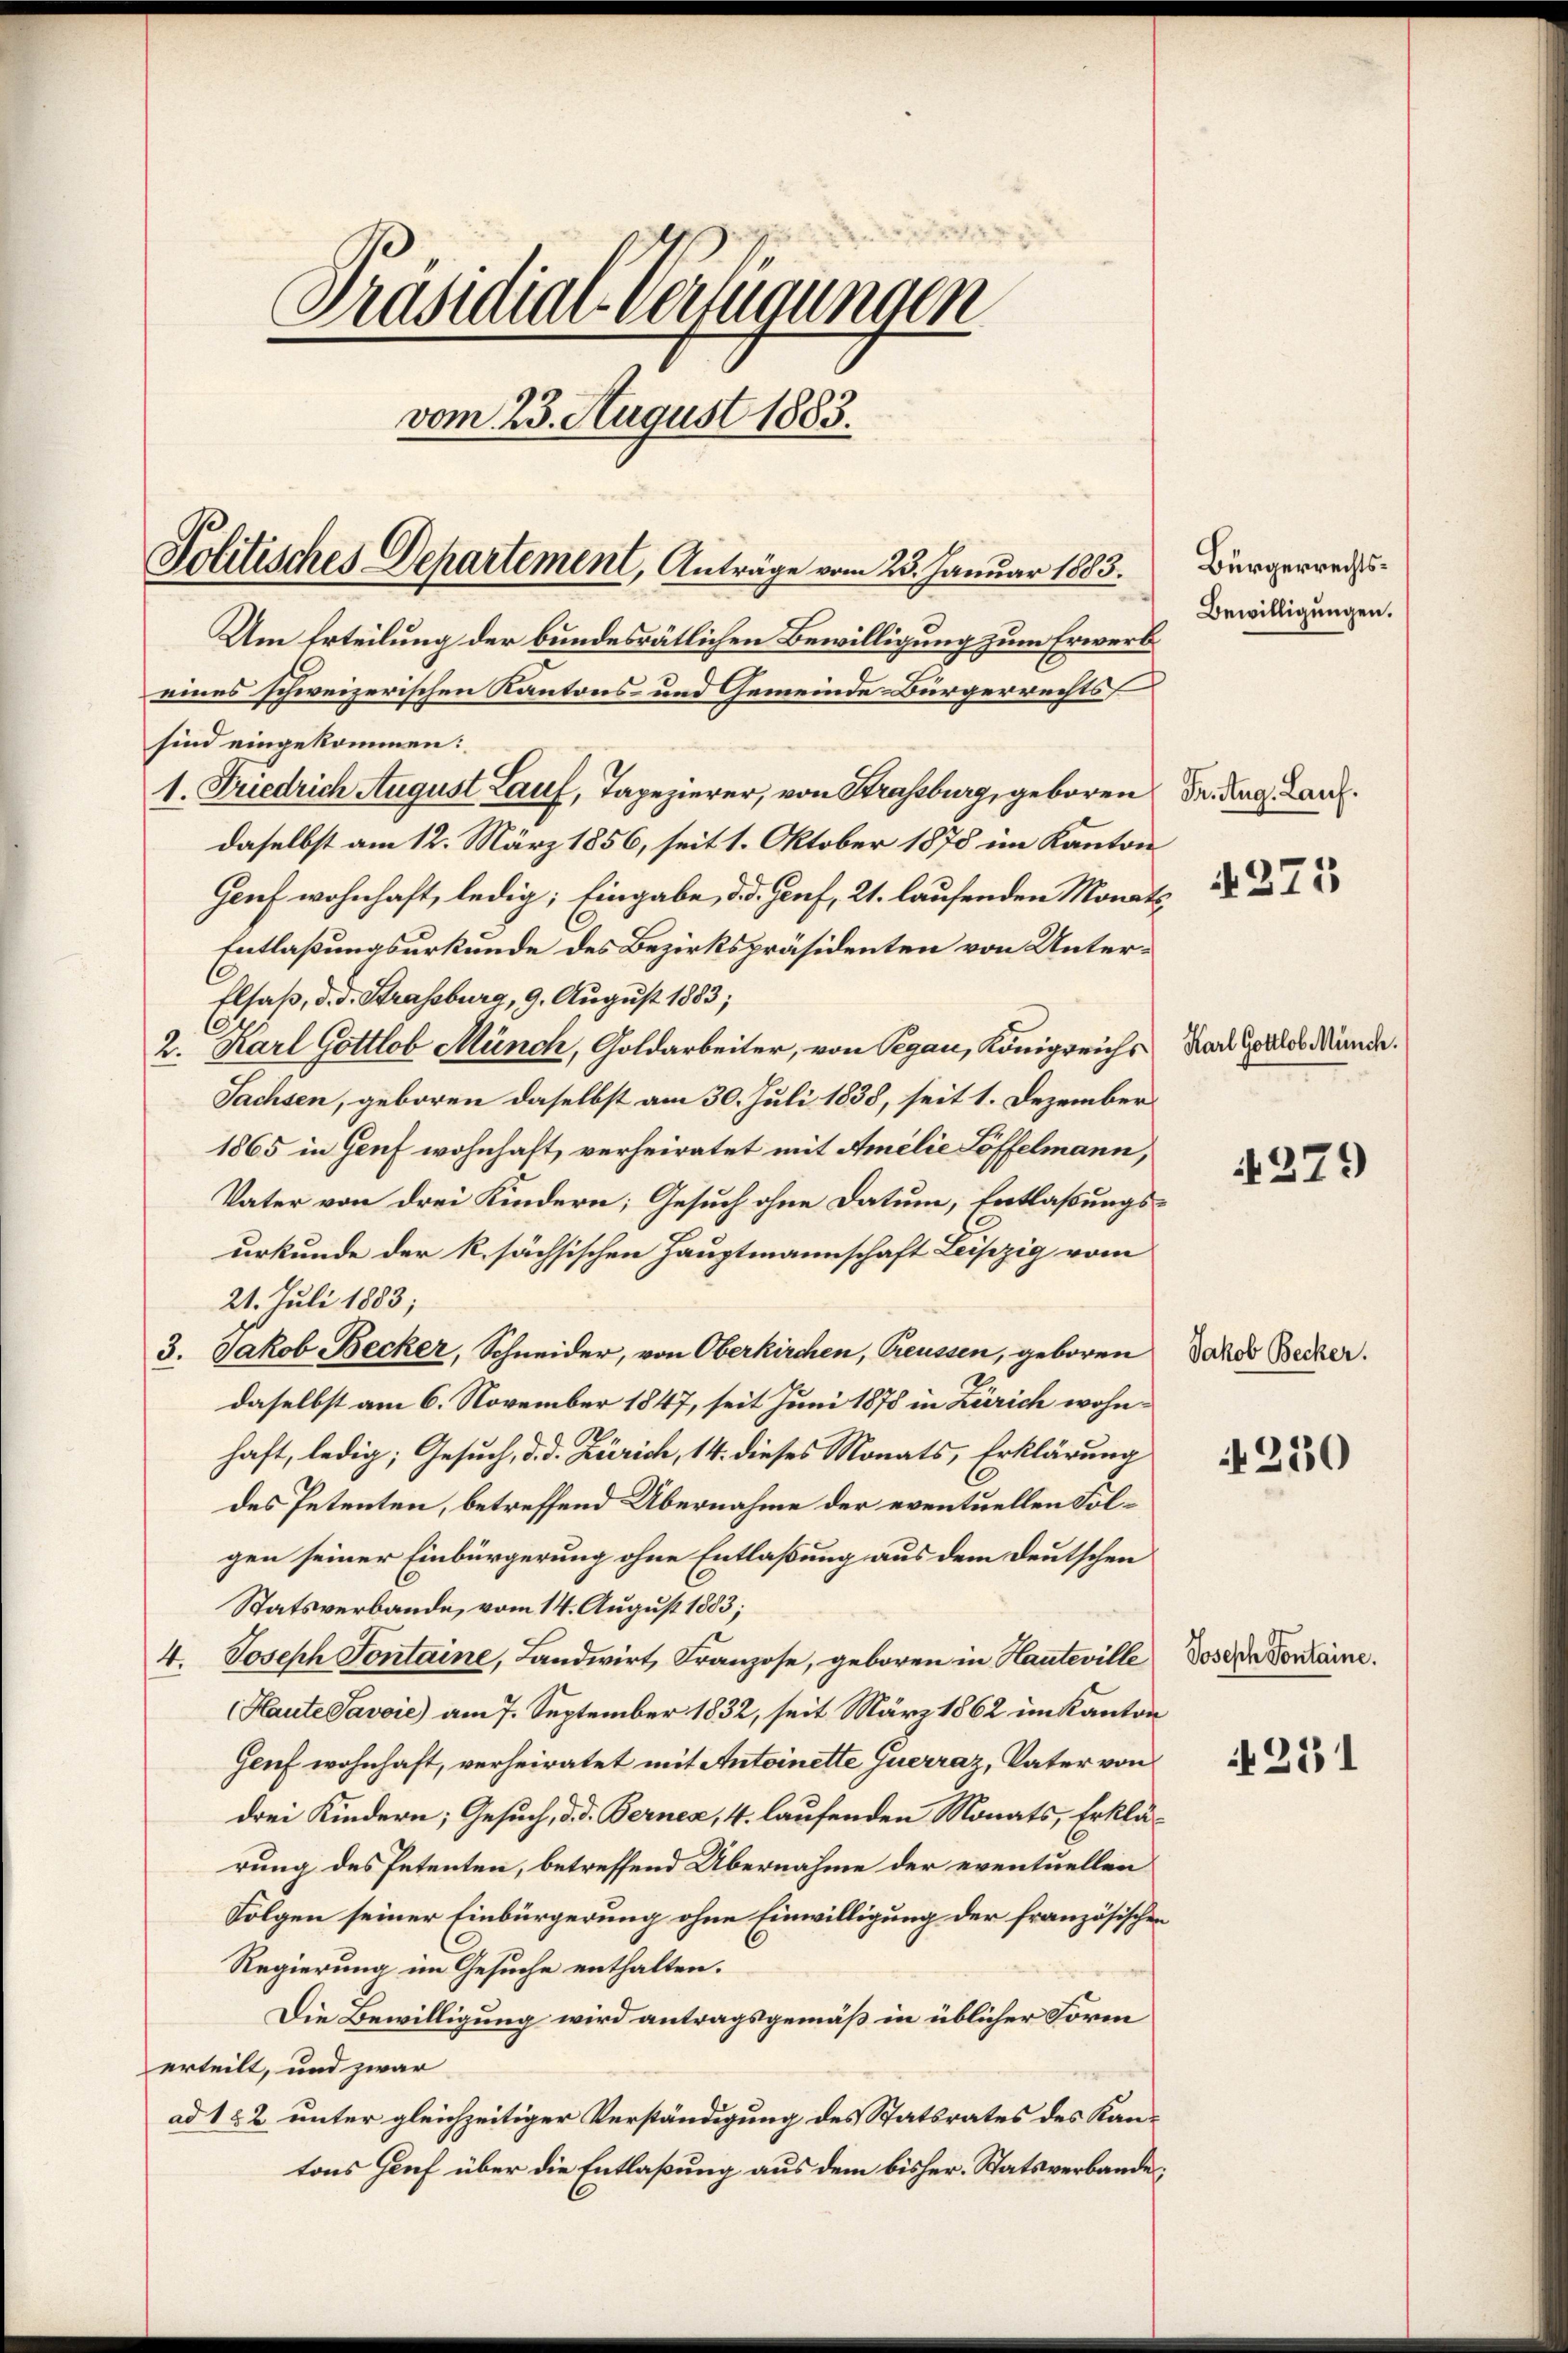
Präsidial-Vertigungen
vom 23. August 1883.
Politisches Departement, Anträge vom 23. Januar 1883.

Um Erteilung der bundesrätlichen Bewilligung zum Erwerb
eines schweizerischen Kantons- und Gemeinde Bürgerrechts
sind eingekommen:
1. Friedrich August Lauf, Tapezierer, von Strassburg, geboren Fr. Aug. Lanz
daselbst am 12. März 1856, seit 1. Oktober 1878 im Kanton
Genf wohnhaft, ledig; Eingabe, d. d. Hanf, 21. laufenden Monats¬
Entlaßungsurkunde des Bezirkspräsidenten von Unter¬
Elsaß, d. d. Strassburg, 9. August 1883;
2. Karl Gottlob Münch, Goldarbeiter, von Segau, Königreichs
Sachsen, geboren daselbst am 30. Juli 1838, seit 1. Dezember
1865 in Genf wohnhaft, verheiratet mit Amilie Löffelmann,
Vater von drei Kindern; Gesuch ohne Datum, Entlaßungsurkunde der k. sächsischen Hauptmannschaft Leipzig vom
21. Juli 1883;
3. Jakob Becker, Schneider, von Oberkirchen, Treussen, geboren
daselbst am 6. November 1847, seit Juni 1878 in Zürich wohnhaft, ledig; Gesuch, d. d. Zürich, 14. dieses Monats, Erklärung
des Petenten, betreffend Übernahme der eventuellen Folgen seiner Einbürgerung ohne Entlaßung aus dem Deutschen
Statsverbande, vom 14. August 1883;
4. Joseph Fontaine, Landwirt, Franzose, geboren in Hauteville
(Haute Savoie) am 7. September 1832, seit März 1862 im Kanton
Genf wohnhaft, verheiratet mit Antoinette querraz, Vater von
drei Kindern; Gesuch, d. d. Bernen, 4. laufenden Monats, Erklärung des Petenten, betreffend Übernahme der eventuellen
Folgen seiner Einbürgerung ohne Einwilligung der französischen
Regierung im Gesuche enthalten.
Die Bewilligung wird antragsgemäß in üblicher Form
erteilt, und zwar
ad 182 unter gleichzeitiger Verständigung des Statsrates des Kantons Genf über die Entlaßung aus dem bisher. Statsverbande

Bürgerrechts¬
Bewilligungen.

4275

Karl Gottlob Münch.

279)

Jakob Becker.

230

Joseph Sontaine.

4251